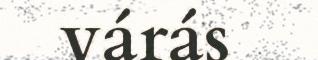
várás